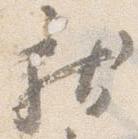
献